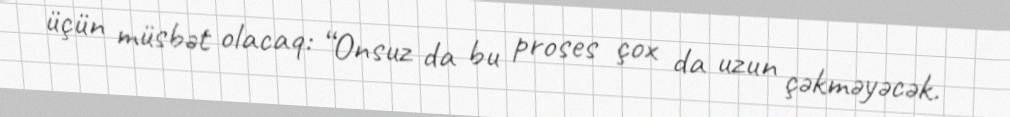
üçün müsbət olacaq: “Onsuz da bu proses çox da uzun çəkməyəcək.